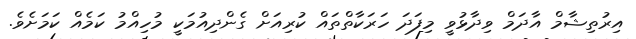
އިރުތިޝާމް އާދަމް ވިދާޅުވީ މިފަދަ ހަރަކާތްތައް ކުރިއަށް ގެންދިއުމަކީ މުހިއްމު ކަމެއް ކަމަށެވެ.